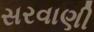
સરવાણી